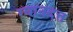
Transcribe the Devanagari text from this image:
ग्यानदत्त